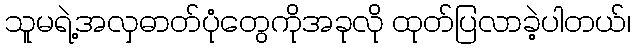
သူမရဲ့အလှဓာတ်ပုံတွေကိုအခုလို ထုတ်ပြလာခဲ့ပါတယ်၊